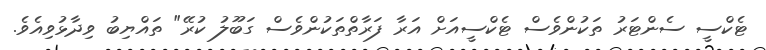
ޓެކްސީ ސެންޓަރު ތަކުންވެސް ޓެކްސީއަށް އަރާ ފަރާތްތަކުންވެސް ގަބޫލު ކުރޭ" ތައްޔިބު ވިދާޅުވިއެވެ.